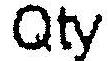
QTY